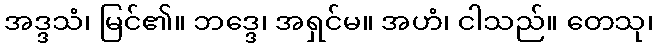
အဒ္ဒသံ၊ မြင်၏။ ဘဒ္ဒေ၊ အရှင်မ။ အဟံ၊ ငါသည်။ တေသု၊